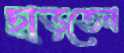
ছাড়তেন